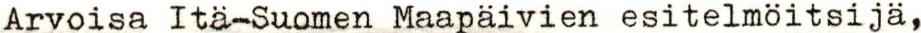
Arvoisa Itä-Suomen Maapäivien esitelmöitsijä,